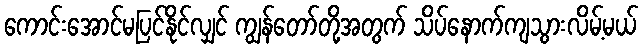
ကောင်းအောင်မပြင်နိုင်လျှင် ကျွန်တော်တို့အတွက် သိပ်နောက်ကျသွားလိမ့်မယ်